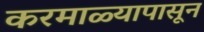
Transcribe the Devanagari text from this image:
करमाळ्यापासून